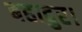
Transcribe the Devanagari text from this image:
बहादुर।